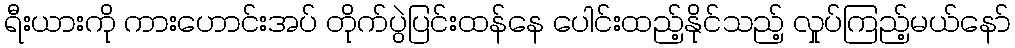
ရီးယားကို ကားဟောင်းအပ် တိုက်ပွဲပြင်းထန်နေ ပေါင်းထည့်နိုင်သည့် လှုပ်ကြည့်မယ်နော်